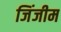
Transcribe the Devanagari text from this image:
जिंजीम